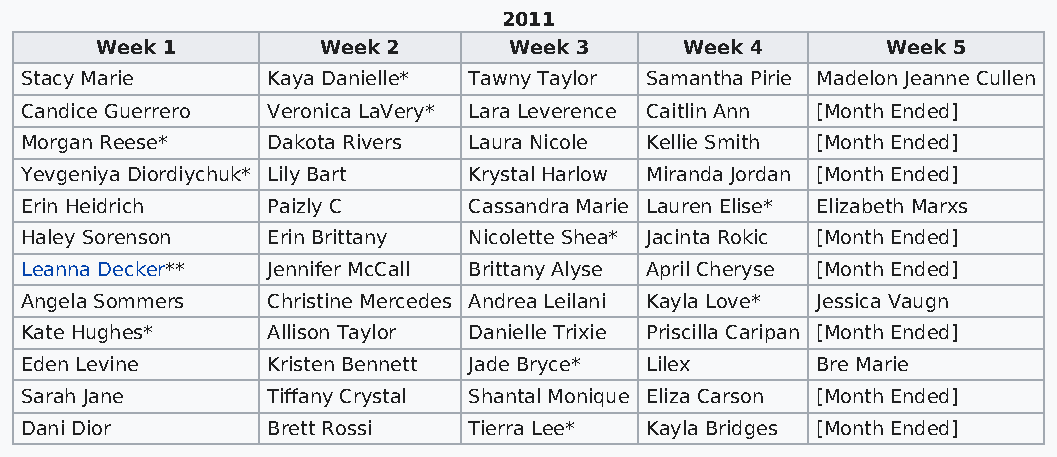
2011
 Week 1         Week 2       Week 3     Week 4        Week 5
 Stacy Marie      Kaya Danielle* Tawny Taylor Samantha Pirie Madelon Jeanne Cullen
 Candice Guerrero Veronica LaVery* Lara Leverence Caitlin Ann [Month Ended]
 Morgan Reese*    Dakota Rivers Laura Nicole Kellie Smith [Month Ended]
 Yevgeniya Diordiychuk* Lily Bart Krystal Harlow Miranda Jordan [Month Ended]
 Erin Heidrich    Paizly C     Cassandra Marie Lauren Elise* Elizabeth Marxs
 Haley Sorenson   Erin Brittany Nicolette Shea* Jacinta Rokic [Month Ended]
 Leanna Decker**  Jennifer McCall Brittany Alyse April Cheryse [Month Ended]
 Angela Sommers   Christine Mercedes Andrea Leilani Kayla Love* Jessica Vaugn
 Kate Hughes*     Allison Taylor Danielle Trixie Priscilla Caripan [Month Ended]
 Eden Levine      Kristen Bennett Jade Bryce* Lilex   Bre Marie
 Sarah Jane       Tiffany Crystal Shantal Monique Eliza Carson [Month Ended]
 Dani Dior        Brett Rossi  Tierra Lee* Kayla Bridges [Month Ended]